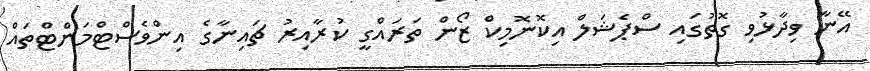
އޭނާ ވިދާޅުވި ގޮތުގައި ސްޕެޝަލް އިކޮނޮމިކް ޒޯން ތަރައްގީ ކުރާއިރު ޗައިނާގެ އިންވެސްޓްމަންޓްތައް